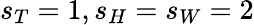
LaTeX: s_{T}=1,s_{H}=s_{W}=2